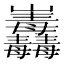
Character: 𱜕